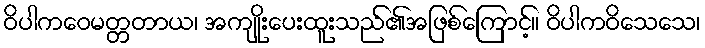
ဝိပါကဝေမတ္တတာယ၊ အကျိုးပေးထူးသည်၏အဖြစ်ကြောင့်။ ဝိပါကဝိသေသေ၊